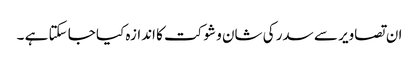
ان تصاویر سے سدر کی شان و شوکت کا اندازہ کیا جا سکتا ہے ۔